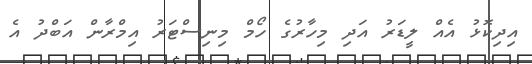
އިދިކޮޅު އެއް ލީޑަރު އަދި މިހާރުގެ ހޯމް މިނިސްޓަރު އިމްރާން އަބްދު އެ